Specificity of antivenomous sera - Number 5
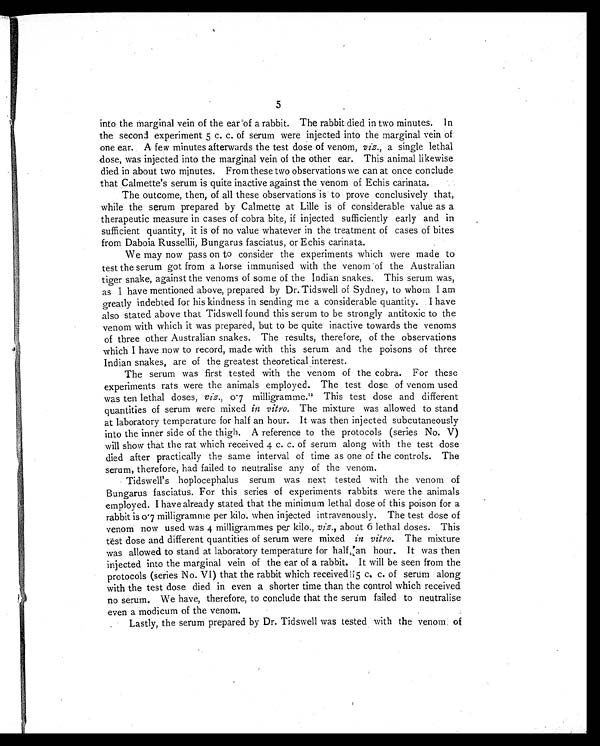
5
into the marginal vein of the ear of a rabbit. The rabbit died in two minutes. In
the second experiment 5 c. c. of serum were injected into the marginal vein of
one ear. A. few minutes afterwards the test dose of venom, viz., a single lethal
dose, was injected into the marginal vein of the other ear. This animal likewise
died in about two minutes. From these two observations we can at once conclude
that Calmette's serum is quite inactive against the venom of Echis carinata.
The outcome, then, of all these observations is to prove conclusively that,
while the serum prepared by Calmette at Lille is of considerable value as a
therapeutic measure in cases of cobra bite, if injected sufficiently early and in
sufficient quantity, it is of no value whatever in the treatment of cases of bites
from Daboia Russellii, Bungarus fasciatus, or Echis carinata.
We may now pass on to consider the experiments which were made to
test the serum got from a horse immunised with the venom of the Australian
tiger snake, against the venoms of some of the Indian snakes. This serum was,
as I have mentioned above, prepared by Dr. Tidswell of Sydney, to whom I am
greatly indebted for his kindness in sending me a considerable quantity. I have
also stated above that Tidswell found this serum to be strongly antitoxic to the
venom with which it was prepared, but to be quite inactive towards the venoms
of three other Australian snakes. The results, therefore, of the observations
which I have now to record, made with this serum and the poisons of three
Indian snakes, are of the greatest theoretical interest.
The serum was first tested with the venom of the cobra. For these
experiments rats were the animals employed. The test dose of venom used
was ten lethal doses, viz., 0.7 milligramme.12 This test dose and different
quantities of serum were mixed in vitro . The mixture was allowed to stand
at laboratory temperature for half an hour. It was then injected subcutaneously
into the inner side of the thigh. A reference to the protocols (series No. V)
will show that the rat which received 4 c. c. of serum along with the test dose
died after practically the same interval of time as one of the controls. The
serum, therefore, had failed to neutralise any of the venom.
Tidswell's hoplocephalus serum was next tested with the venom of
Bungarus fasciatus. For this series of experiments rabbits were the animals
employed. I have already stated that the minimum lethal dose of this poison for a
rabbit is 0.7 milligramme per kilo. when injected intravenously. The test dose of
venom now used was 4 milligrammes per kilo., viz., about 6 lethal doses. This
test dose and different quantities of serum were mixed in vitro. The mixture
was allowed to stand at laboratory temperature for half an hour. It was then
injected into the marginal vein of the ear of a rabbit. It will be seen from the
protocols (series No. VI) that the rabbit which received 5 c. c. of serum along
with the test dose died in even a shorter time than the control which received
no serum. We have, therefore, to conclude that the serum failed to neutralise
even a modicum of the venom.
Lastly, the serum prepared by Dr. Tidswell was tested with the venom of